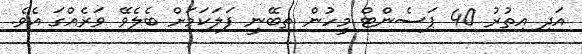
އަދި އިތުރު 40 ޕަސެންޓް މީހުން ތިބޭނީ ފަލަކަމަށް ބެލެވޭ ވަރެއްގަ އެވެ.